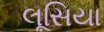
લૂસિયા